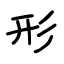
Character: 形